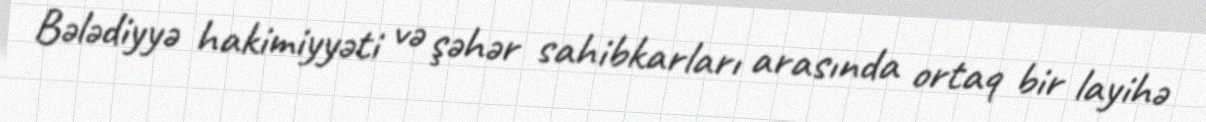
Bələdiyyə hakimiyyəti və şəhər sahibkarları arasında ortaq bir layihə